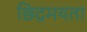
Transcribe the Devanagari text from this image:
छिद्रमयता